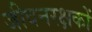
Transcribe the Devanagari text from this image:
जीवनरक्षकों